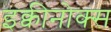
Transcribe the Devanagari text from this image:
इक्वीनोक्स